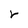
Character: r